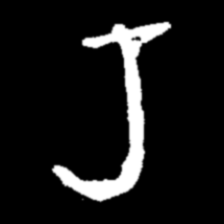
Pyu character \u2014 Myanmar letter: ရ (romanized: ra)